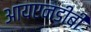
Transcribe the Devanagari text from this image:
आयएनडीबी